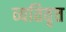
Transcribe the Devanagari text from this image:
व्यतिवृत्त